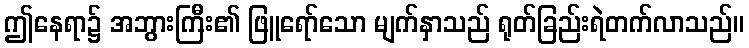
ဤနေရာ၌ အဘွားကြီး၏ ဖြူရော်သော မျက်နှာသည် ရုတ်ခြည်းရဲတက်လာသည်။